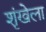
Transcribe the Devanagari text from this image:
शृंखेला